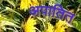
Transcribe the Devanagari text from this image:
अपातित